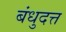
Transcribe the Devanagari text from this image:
बंधुदत्त